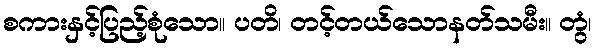
စကားနှင့်ပြည့်စုံသော။ ပတိ၊ တင့်တယ်သောနတ်သမီး။ တွံ၊